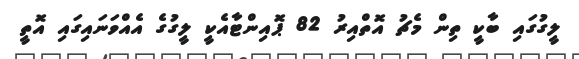
ލީގުގައި ބާކީ ތިން މެޗު އޮތްއިރު 82 ޕޮއިންޓާއެކީ ލީގުގެ އެއްވަނައިގައި އޮތީ